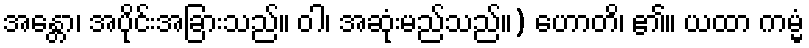
အန္တော၊ အပိုင်းအခြားသည်။ ဝါ၊ အဆုံးမည်သည်။) ဟောတိ၊ ၏။ ယထာ ကမ္မံ